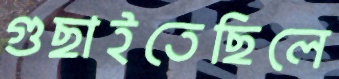
গুছাইতেছিলে